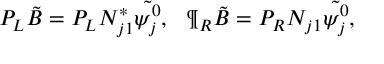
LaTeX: P _ { L } \tilde { B } = P _ { L } { N } _ { j 1 } ^ { * } \tilde { \psi _ { j } ^ { 0 } } , \ \ \P _ { R } \tilde { B } = P _ { R } { N } _ { j 1 } \tilde { \psi _ { j } ^ { 0 } } ,